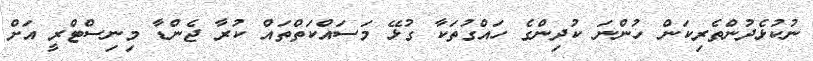
ނުކުޅެދުންތެރިކަން ހުންނަ ކުދިންގެ ހައްގުތަކާ ގުޅޭ މަސައްކަތްތައް ކުރާ ޖެންޑާ މިނިސްޓްރީ އަށް